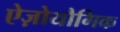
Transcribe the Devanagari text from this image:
ऐज़ोयौगिक